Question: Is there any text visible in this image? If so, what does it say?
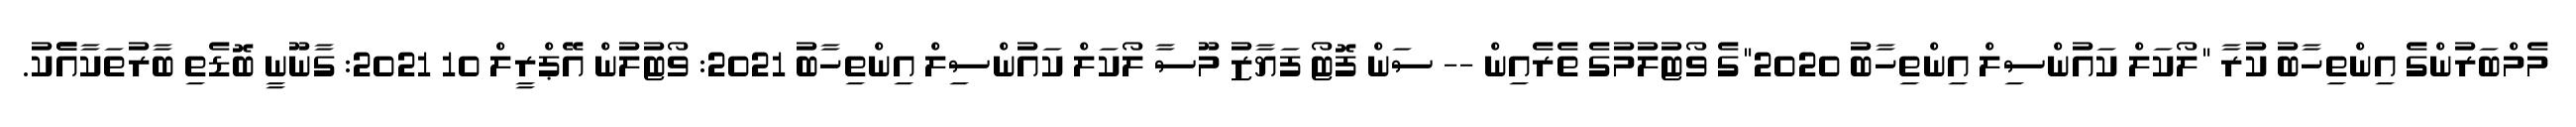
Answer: މެމްބަރުންގެ އިންތިހާބު ކުރާ "ލޯކަލް ކައުންސިލް އިންތިހާބު 2020"ގެ ވޯޓުލުމުގެ ތެރެއިން -- ސަން ފޮޓޯ ފަޔާޒު މޫސާ ލޯކަލް ކައުންސިލް އިންތިހާބު 2021: ވޯޓުލުން އޭޕްރީލް 10 2021: ގާނޫނީ ބޮޑެތި ބާރުތަކާއެެކު.